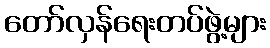
တော်လှန်ရေးတပ်ဖွဲ့များ